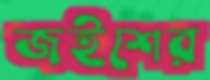
জইশের